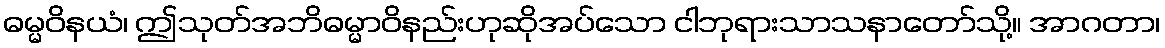
ဓမ္မဝိနယံ၊ ဤသုတ်အဘိဓမ္မာဝိနည်းဟုဆိုအပ်သော ငါဘုရားသာသနာတော်သို့။ အာဂတာ၊